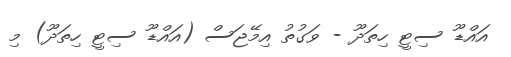
އައްޑޫ ސިޓީ ހިތަދޫ - ވަގުތު އިމޭޖަސް (އައްޑޫ ސިޓީ ހިތަދޫ) މި